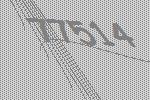
77514